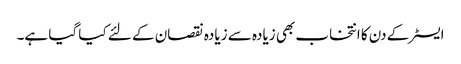
ایسٹر کے دن کا انتخاب بھی زیادہ سے زیادہ نقصان کے لئے کیا گیا ہے۔